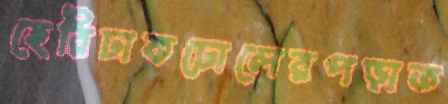
হেরিঢাকঢোলেরপড়াত